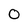
Character: O